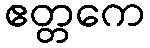
ဧတ္တကေ